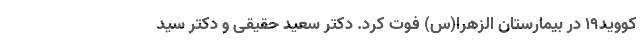
کووید۱۹ در بیمارستان الزهرا(س) فوت کرد. دکتر سعید حقیقی و دکتر سید